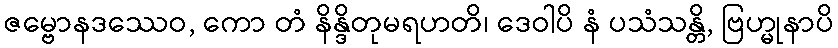
ဇမ္ဗောနဒဿေဝ, ကော တံ နိန္ဒိတုမရဟတိ၊ ဒေဝါပိ နံ ပသံသန္တိ, ဗြဟ္မုနာပိ